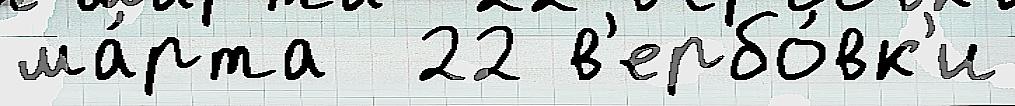
ма́рта  22 в'ербо́вк'и